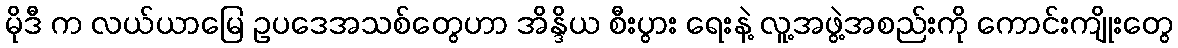
မိုဒီ က လယ်ယာမြေ ဥပဒေအသစ်တွေဟာ အိန္ဒိယ စီးပွား ရေးနဲ့ လူ့အဖွဲ့အစည်းကို ကောင်းကျိုးတွေ